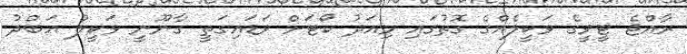
ރާއްޖެ ޓީވީގެ ވަކީލެއްގެ ގޮތުގައި މިއަދު ކޯޓަށް ވަޑައިގަތީ ގާނޫނީ ވަކީލު އަބްދު